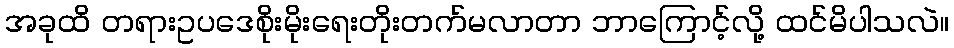
အခုထိ တရားဥပဒေစိုးမိုးရေးတိုးတက်မလာတာ ဘာကြောင့်လို့ ထင်မိပါသလဲ။